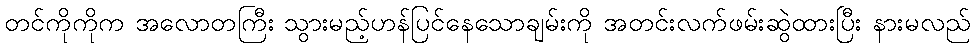
တင်ကိုကိုက အလောတကြီး သွားမည့်ဟန်ပြင်နေသောချမ်းကို အတင်းလက်ဖမ်းဆွဲထားပြီး နားမလည်